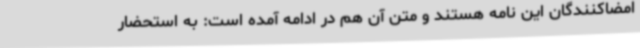
امضاکنندگان این نامه هستند و متن آن هم در ادامه آمده است: به استحضار